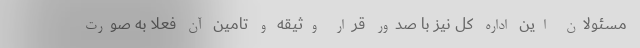
مسئولان این اداره کل نیز با صدور قرار وثیقه و تامین آن فعلا به صورت